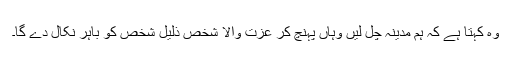
وہ کہتا ہے کہ ہم مدینہ چل لیں وہاں پہنچ کر عزت والا شخص ذلیل شخص کو باہر نکال دے گا۔